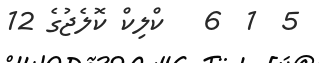
5  1  6   ކްލިކް ކޮލެޖުގެ 12